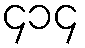
၄၁၄